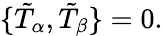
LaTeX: \{ \tilde{T}_{\alpha},\tilde{T}_{\beta}\} =0.